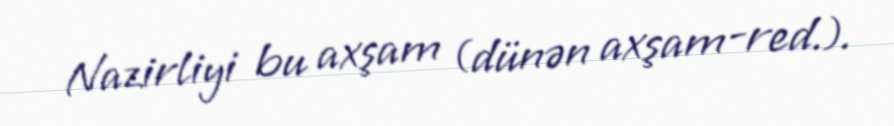
Nazirliyi bu axşam (dünən axşam-red.).